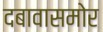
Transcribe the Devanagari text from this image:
दबावासमोर